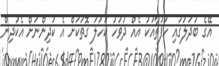
އޭގެ ބަދަލުގައި ހަފުތާއަކު އެއް ދުވަހު ކަހަލަ ގޮތަކަށް އެ ކުދިންނަށް އެކުދިން